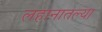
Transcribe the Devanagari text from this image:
लहानातल्या